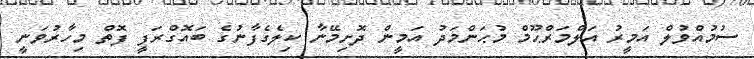
ސުމުއްވުލް އަމީރު އަލްމަރްޙޫމް މުޙަންމަދު އަމީން ދޮށިމޭނާ ކިލެގެފާނުގެ ބައޮގްރަފީ ފޮތް މިހާރުވަނީ